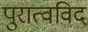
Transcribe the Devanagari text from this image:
पुरात्वविद